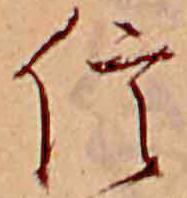
信